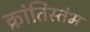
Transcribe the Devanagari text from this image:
क्रांतिस्तंभ